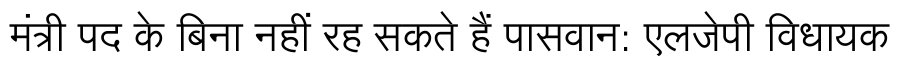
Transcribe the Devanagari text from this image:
मंत्री पद के बिना नहीं रह सकते हैं पासवान: एलजेपी विधायक